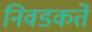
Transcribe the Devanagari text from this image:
निवडकर्ते